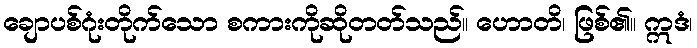
ချောပစ်ဂုံးတိုက်သော စကားကိုဆိုတတ်သည်။ ဟောတိ၊ ဖြစ်၏။ ဣဒံ၊